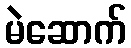
မဲဆောက်